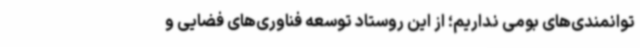
توانمندی‌های بومی نداریم؛ از این روستاد توسعه فناوری‌های فضایی و